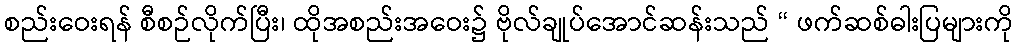
စည်းဝေးရန် စီစဉ်လိုက်ပြီး၊ ထိုအစည်းအဝေး၌ ဗိုလ်ချုပ်အောင်ဆန်းသည် “ ဖက်ဆစ်ဓါးပြများကို